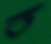
ত